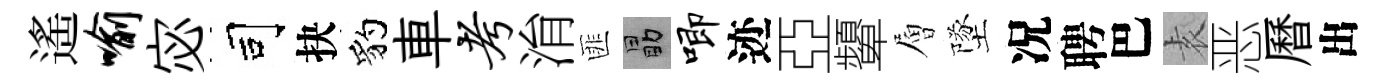
遙喻宓司抉豹車考㳙匪勗唧迹亞顰層墜况聘巴𡊮恶曆出